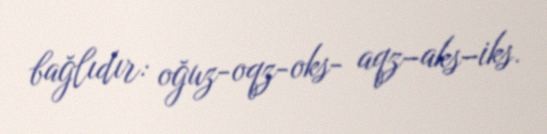
bağlıdır: oğuz-oqz-oks- aqz–aks–iks.